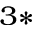
^ { 3 \ast }